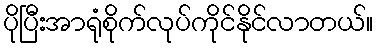
ပိုပြီးအာရုံစိုက်လုပ်ကိုင်နိုင်လာတယ်။